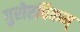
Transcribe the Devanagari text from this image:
गुरोरधिकम्